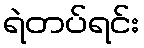
ရဲတပ်ရင်း